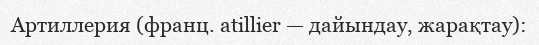
Артиллерия (франц. atillier — дайындау, жарақтау):